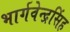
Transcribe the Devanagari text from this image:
भार्गवेन्द्रसिंह